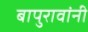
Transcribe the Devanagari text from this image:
बापुरावांनी